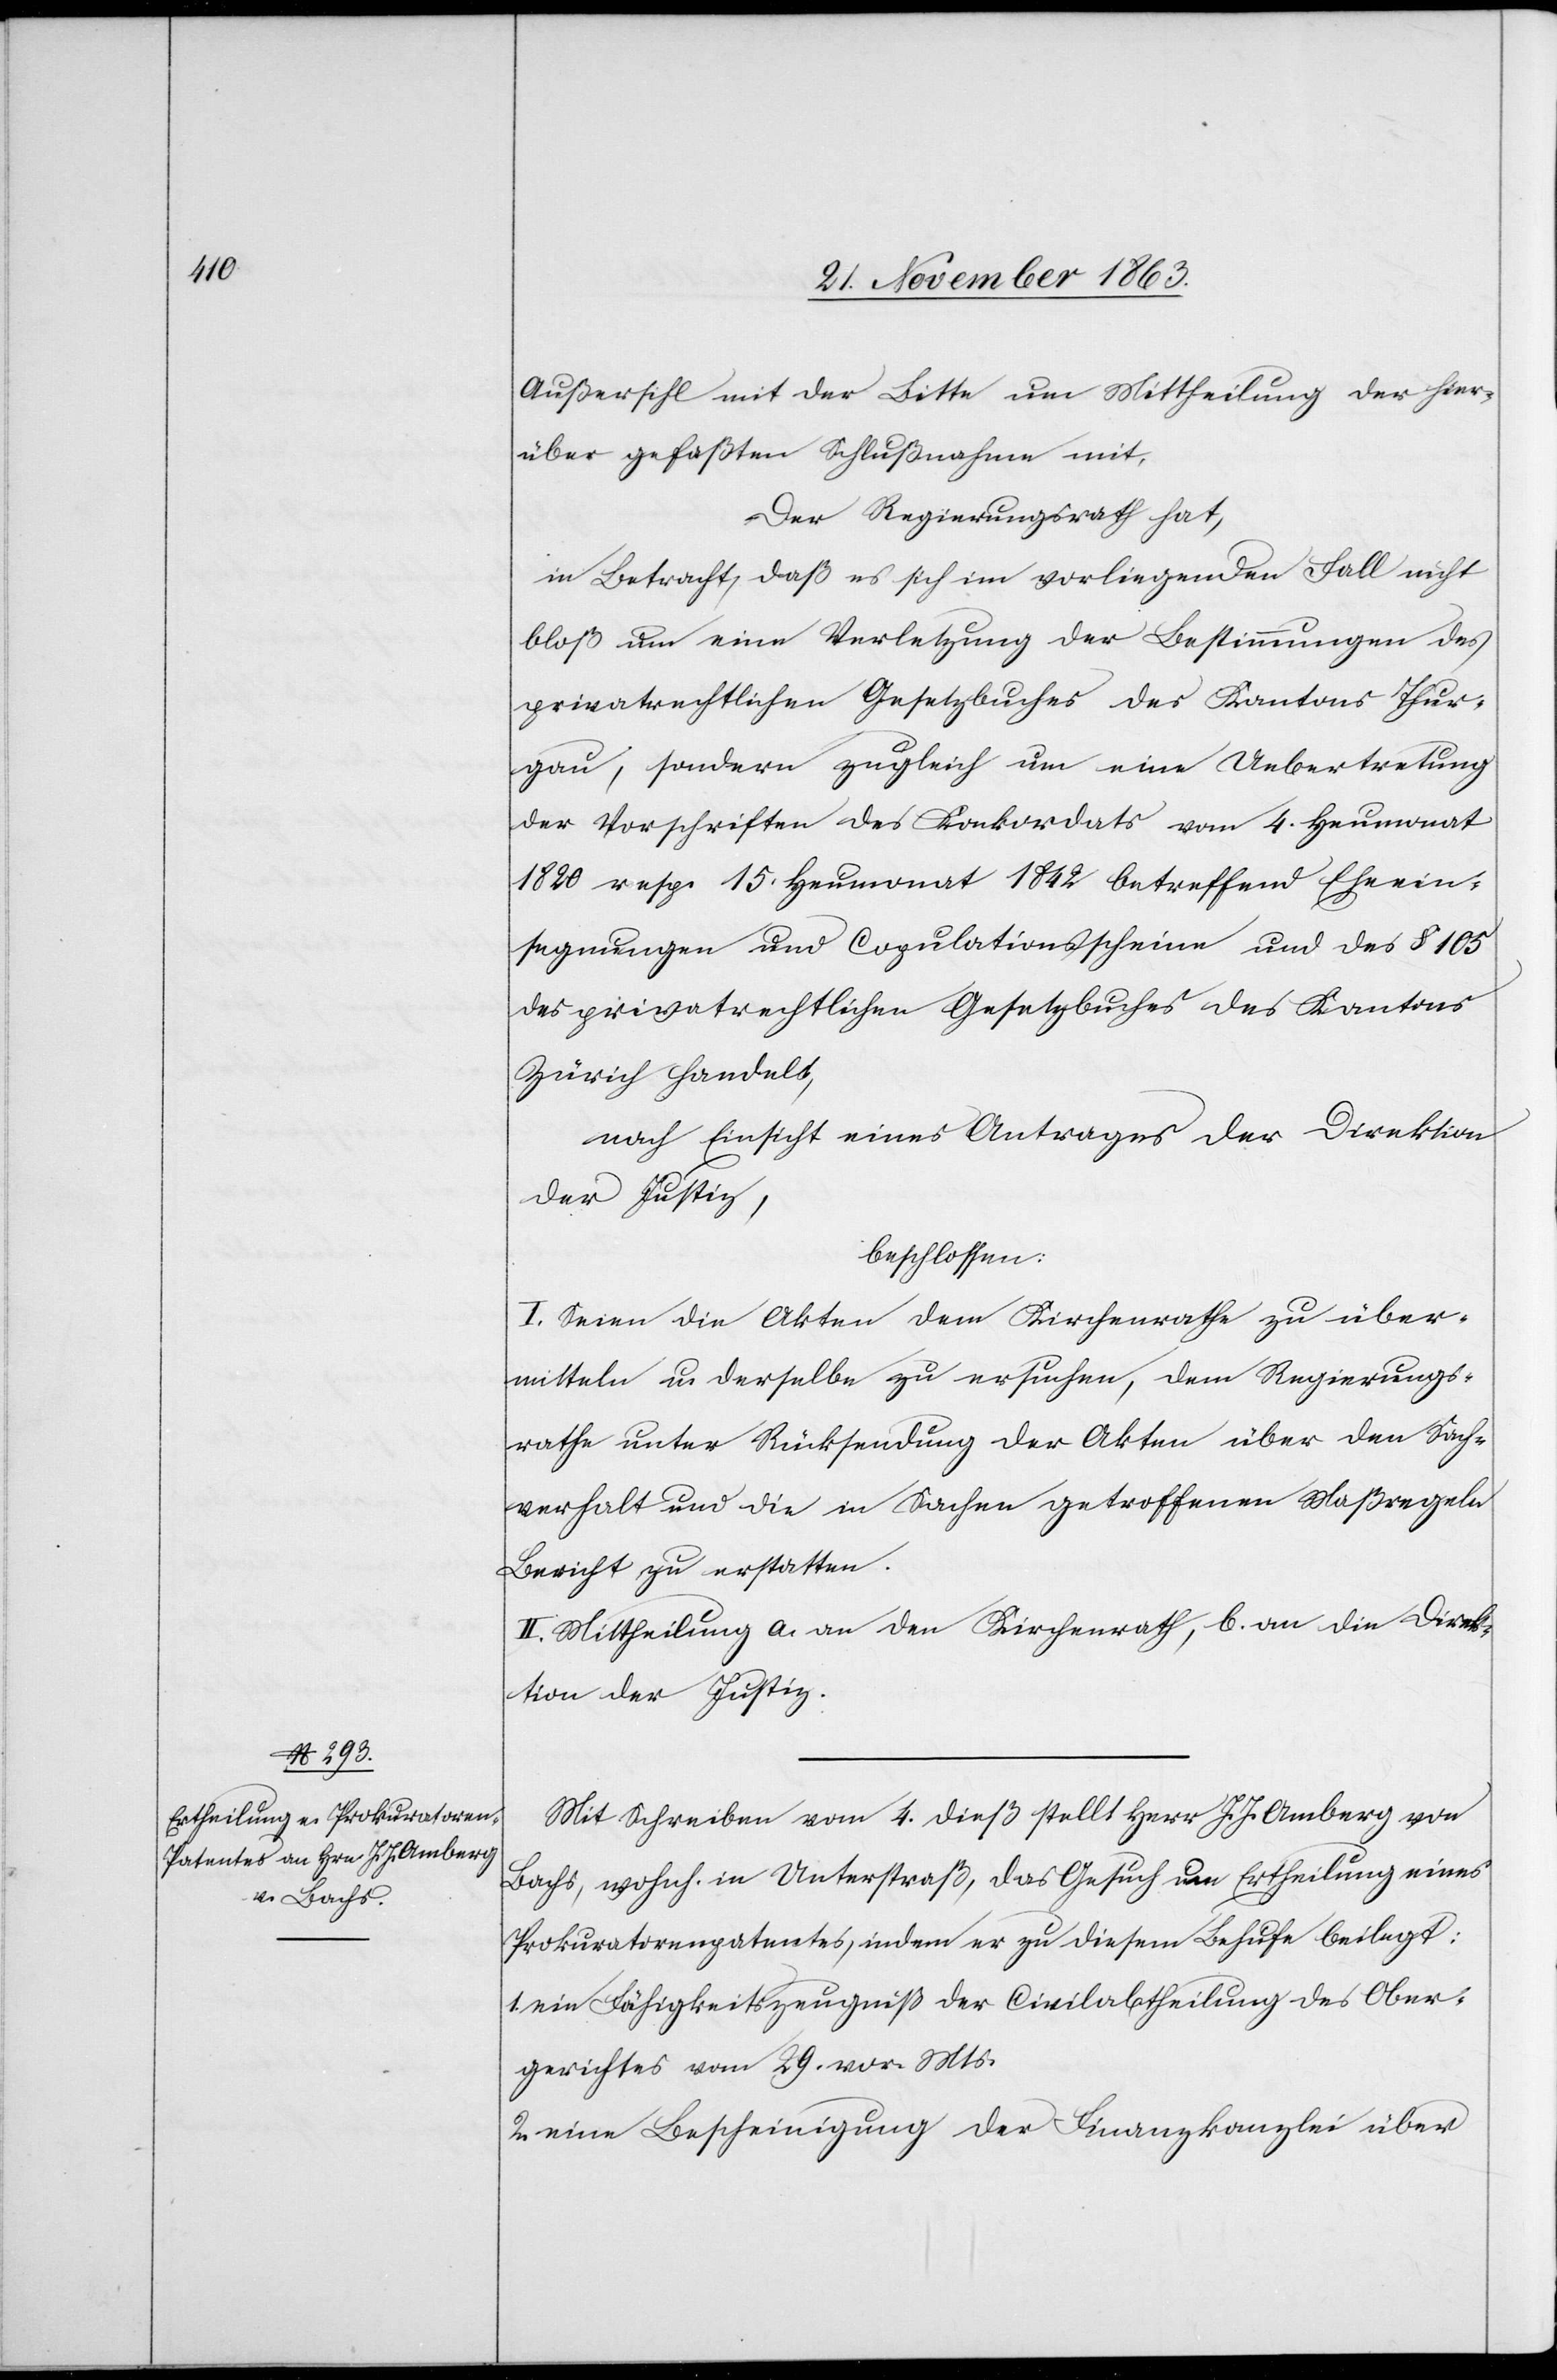
Außersihl mit der Bitte um Mittheilung der hier¬
über gefaßten Schlußnahme mit.
Der Regierungsrath hat,
in Betracht, daß es sich im vorliegenden Fall nicht
bloß um eine Verletzung der Bestimmungen des
privatrechtlichen Gesetzbuches des Kantons Thur¬
gau, sondern zugleich um eine Uebertretung
der Vorschriften des Konkordats vom 4. Heumonat
1820 resp. 15. Heumonat 1842 betreffend Eheein¬
segnungen und Copulationsscheine und des § 105
des privatrechtlichen Gesetzbuches des Kantons
Zürich handelt,
nach Einsicht eines Antrages der Direktion
der Justiz
beschlossen:
I. Seien die Akten dem Kirchenrathe zu über¬
mitteln u. derselbe zu ersuchen, dem Regierungs¬
rathe unter Rücksendung der Akten über den Sach¬
verhalt und die in Sachen getroffenen Maßregeln
Bericht zu erstatten.
II. Mittheilung a. an den Kirchenrath, b. an die Direk¬
tion der Justiz.
Mit Schreiben vom 4. dieß stellt Herr J. J. Amberg von
Bachs, wohnh. in Unterstraß, das Gesuch um Ertheilung eines
Prokuratorenpatentes, indem er zu diesem Behufe beilegt:
ein Fähigkeitszeugniß der Civilabtheilung des Ober¬
gerichtes vom 29. vor. Mts.
2. eine Bescheinigung der Finanzkanzlei über